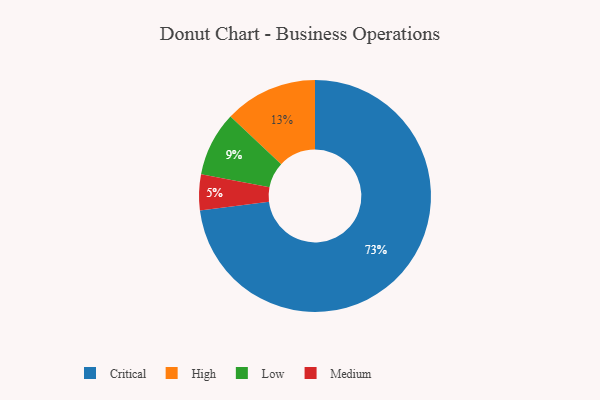
{"axis": {"x": "Category", "y": "Percentage"}, "legend": ["Critical", "High", "Low", "Medium"], "data": [{"x": "Critical", "y": 73, "type": "Critical"}, {"x": "Low", "y": 9, "type": "Low"}, {"x": "Medium", "y": 5, "type": "Medium"}, {"x": "High", "y": 13, "type": "High"}]}